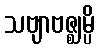
သဗျာဗဇ္ဈမ္ပိ